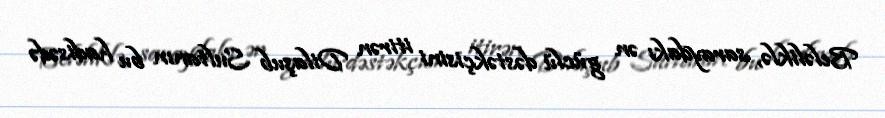
Beləliklə, saraydakı ən güclü dəstəkçisini itirən Dilaşub Sultanın bu hadisədə